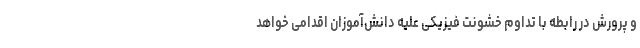
و پرورش در رابطه با تداوم خشونت فیزیکی علیه دانش‌آموزان اقدامی خواهد